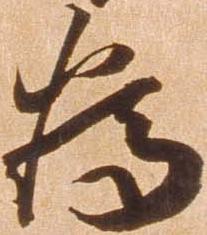
為